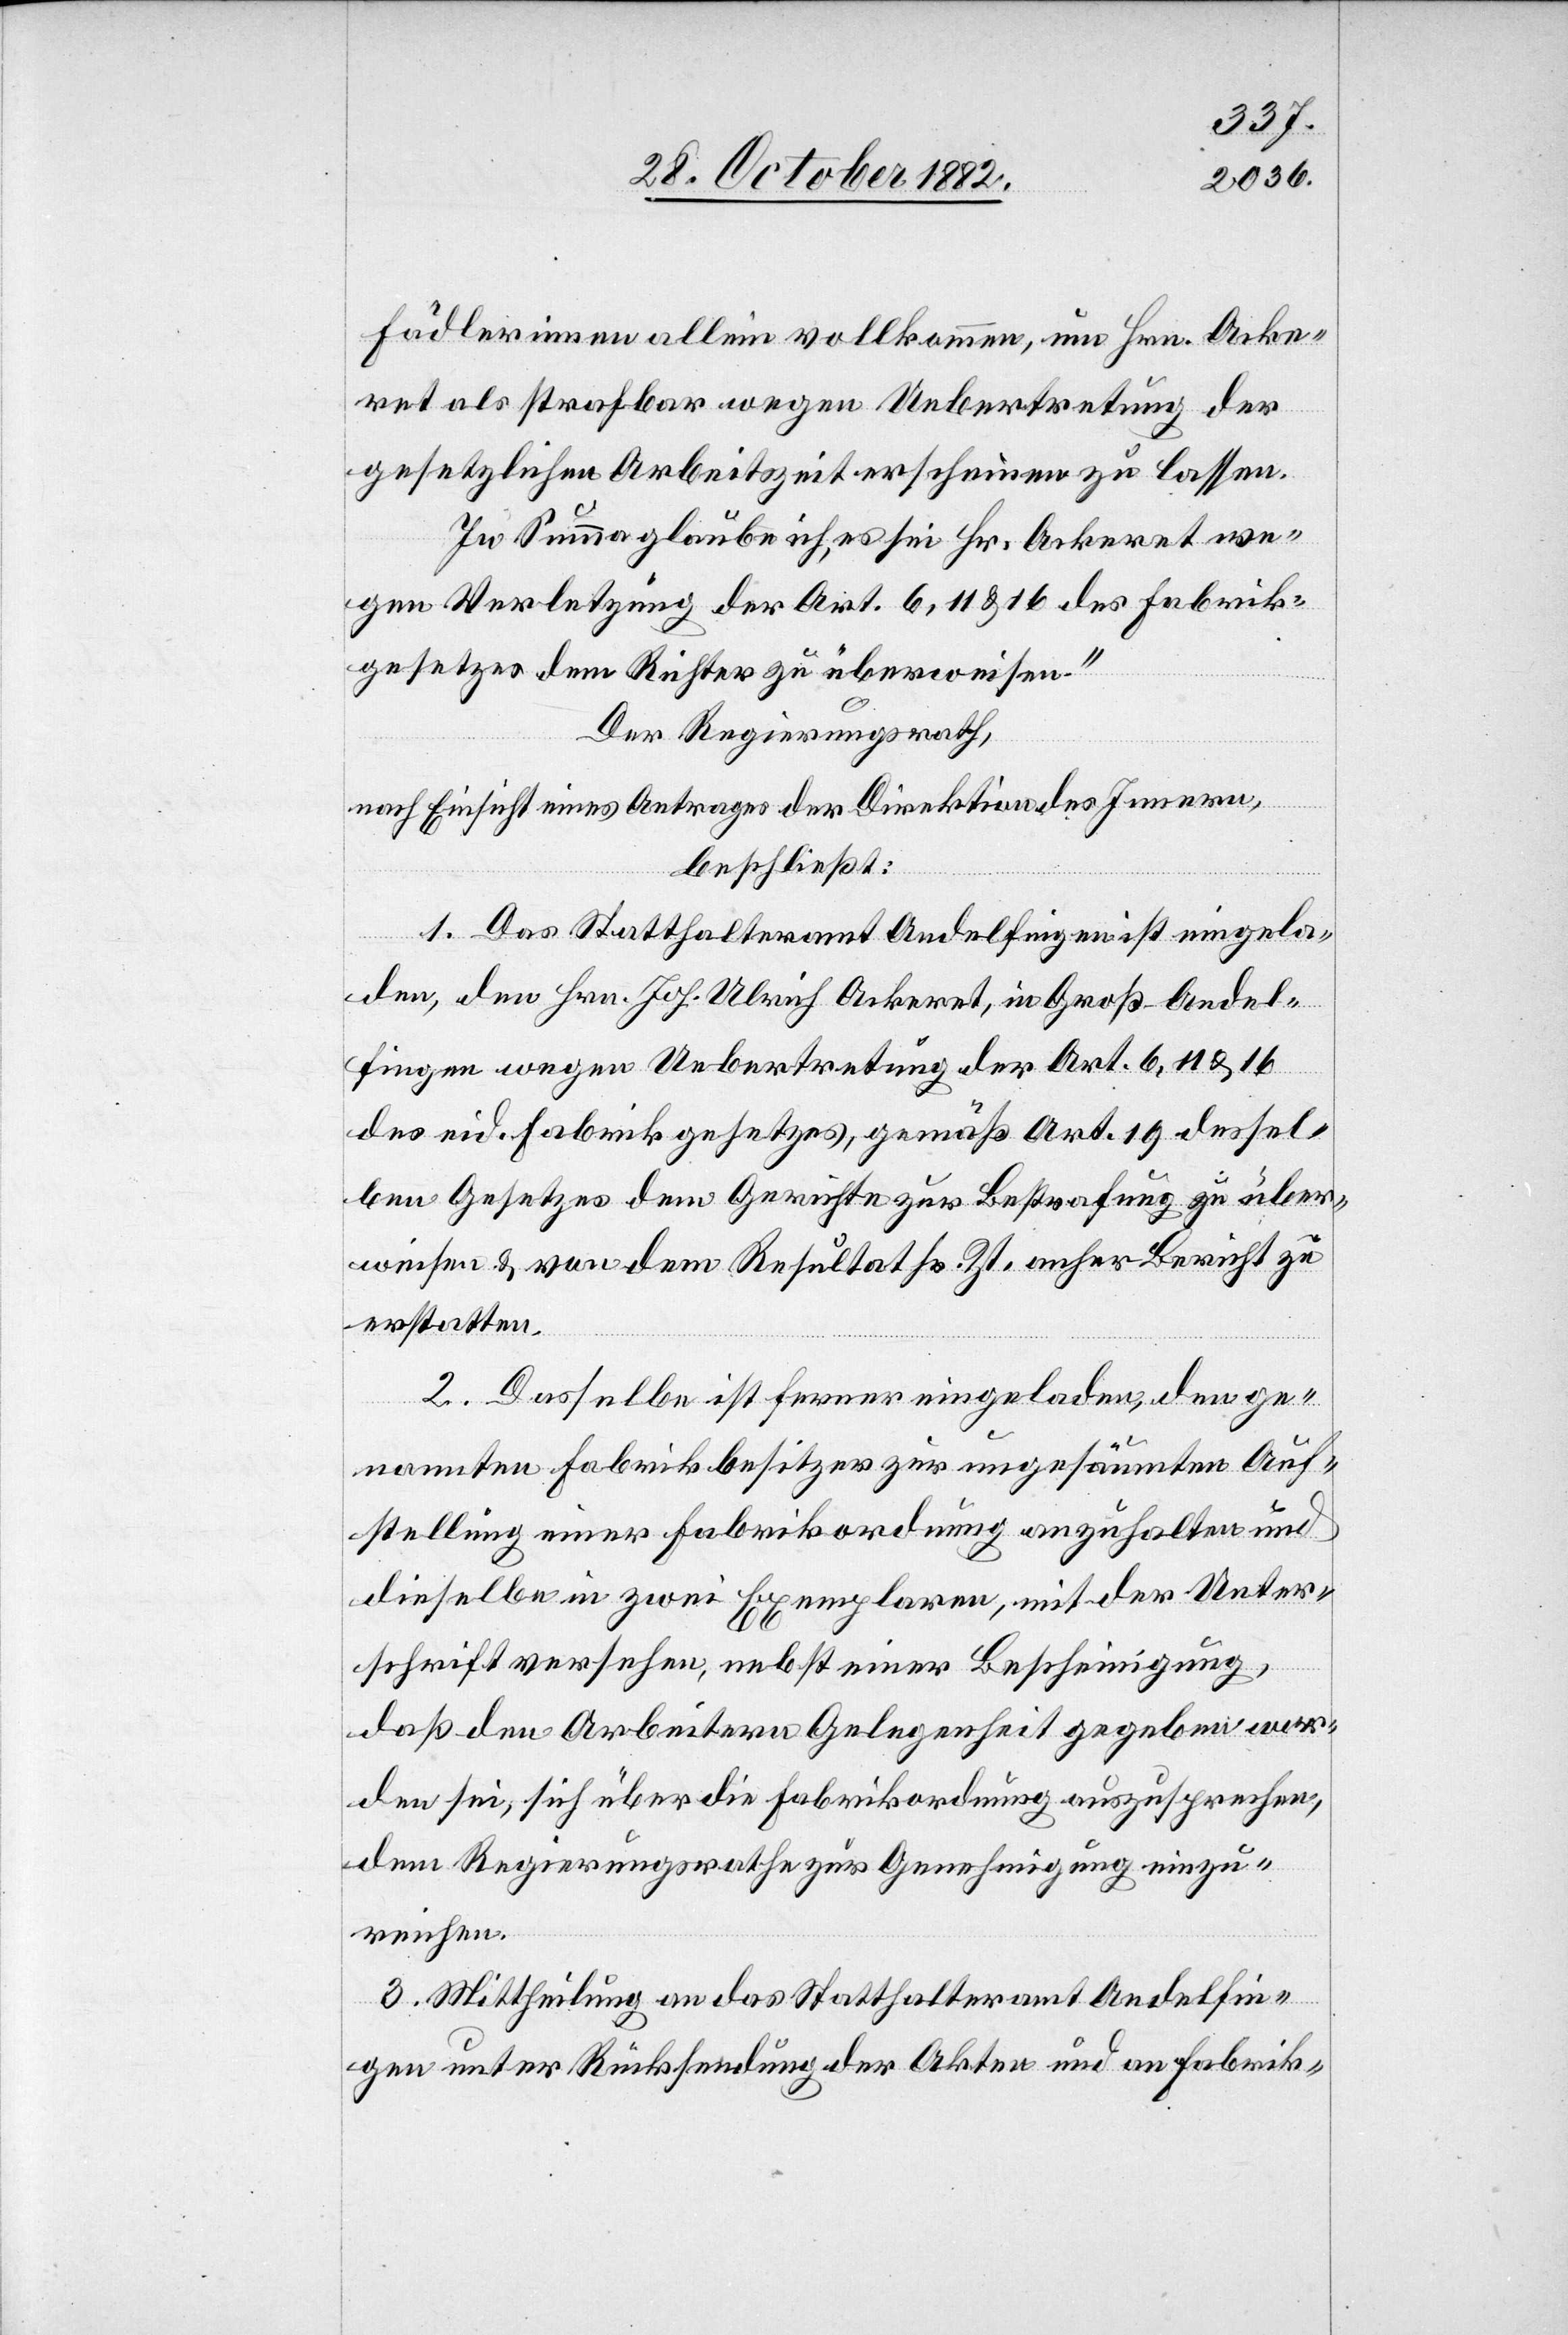
Fädlerinnen allein vollkommen, um Hrn. Acke¬
ret als strafbar wegen Uebertretung der
gesetzlichen Arbeitszeit erscheinen zu lassen.
In Summa glaube ich, es sei Hr. Ackeret we¬
gen Verletzung der Art. 6, 11 & 16 des Fabrik¬
gesetzes dem Richter zu überweisen.“
Der Regierungsrath,
nach Einsicht eines Antrages der Direktion des Innern,
beschließt:
1. Das Statthalteramt Andelfingen ist eingela¬
den, den Hrn. Joh. Ulrich Ackeret, in Groß-Andel¬
fingen wegen Uebertretung der Art. 6, 11 & 16
des eid. Fabrikgesetzes, gemäß Art. 19 dessel¬
ben Gesetzes dem Gerichte zur Bestrafung zu über¬
weisen & von dem Resultat sr. Zt. anher Bericht zu
erstatten.
2. Dasselbe ist ferner eingeladen, den ge¬
nannten Fabrikbesitzer zur ungesäumten Auf¬
stellung einer Fabrikordnung anzuhalten und
dieselbe in zwei Exemplaren, mit der Unter¬
schrift versehen, nebst einer Bescheinigung,
daß den Arbeitern Gelegenheit gegeben wor¬
den sei, sich über die Fabrikordnung auszusprechen,
dem Regierungsrathe zur Genehmigung einzu¬
reichen.
3. Mittheilung an das Statthalteramt Andelfin¬
gen unter Rücksendung der Akten und an Fabrik-